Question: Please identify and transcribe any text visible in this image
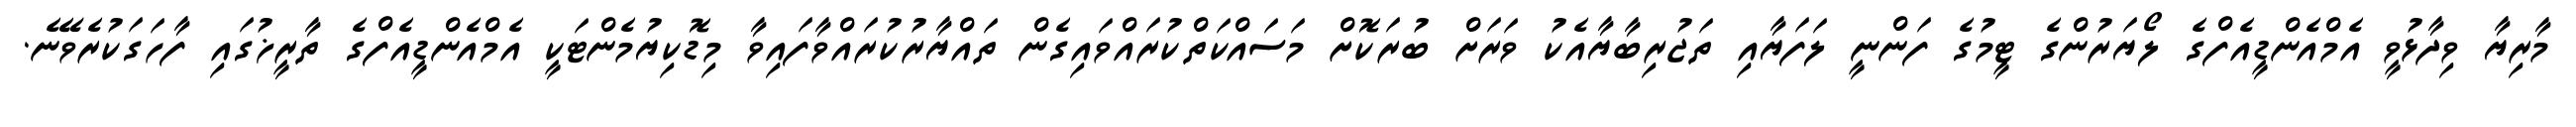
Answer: މާރިޔާ ވިދާޅުވީ އެމްއެންޑީއެފްގެ ލޯޔަރުންގެ ޓީމުގެ ފަންނީ ލަފަޔާއި ތަޖުރިބާޔާއެކު ވަރަށް ބުރަކޮށް މަސައްކަތްކުރައްވައިގެން ތައްޔާރުކުރައްވާފައިވާ މިޑޮކިޔުމެންޓަކީ އެމްއެންޑީއެފްގެ ތާރީޚުގައި ފާހަގަކުރެވޭނެ.